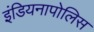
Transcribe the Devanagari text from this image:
इंडियनापोलिस